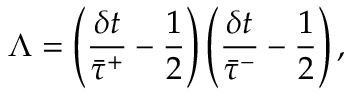
\Lambda = \left( \frac { \delta t } { \bar { \tau } ^ { + } } - \frac { 1 } { 2 } \right) \left( \frac { \delta t } { \bar { \tau } ^ { - } } - \frac { 1 } { 2 } \right) ,